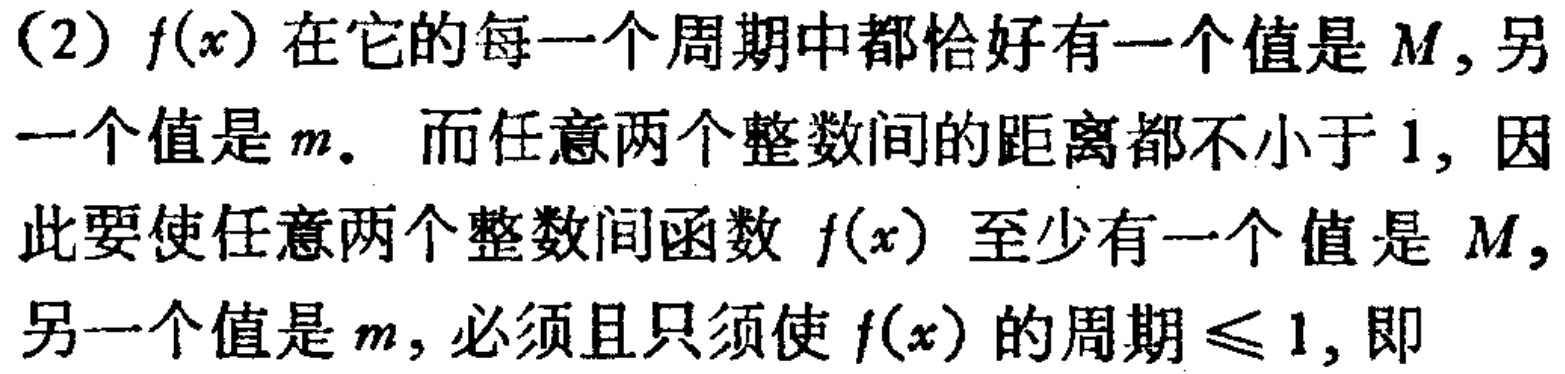
（2）\(f(x)\)在它的每一个周期中都恰好有一个值是\(M\), 另一个值是\(m\). 而任意两个整数间的距离都不小于\(1\), 因此要使任意两个整数间函数\(f(x)\)至少有一个值是\(M\), 另一个值是\(m\), 必须且只须使\(f(x)\)的周期\(\leq 1\), 即